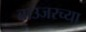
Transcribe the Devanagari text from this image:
ब्राउजरच्या